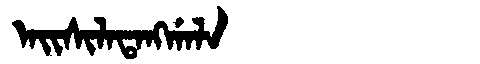
Manchu: ᠠᡳᠰᡳᠯᠠᡨᠠᠩᡤᠠᠯᠠ
Romanization: AISILATANGGALA